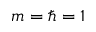
m = \hbar = 1